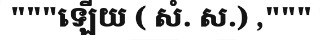
"""ឡើយ ( សំ. ស.) ,"""